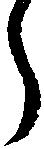
う